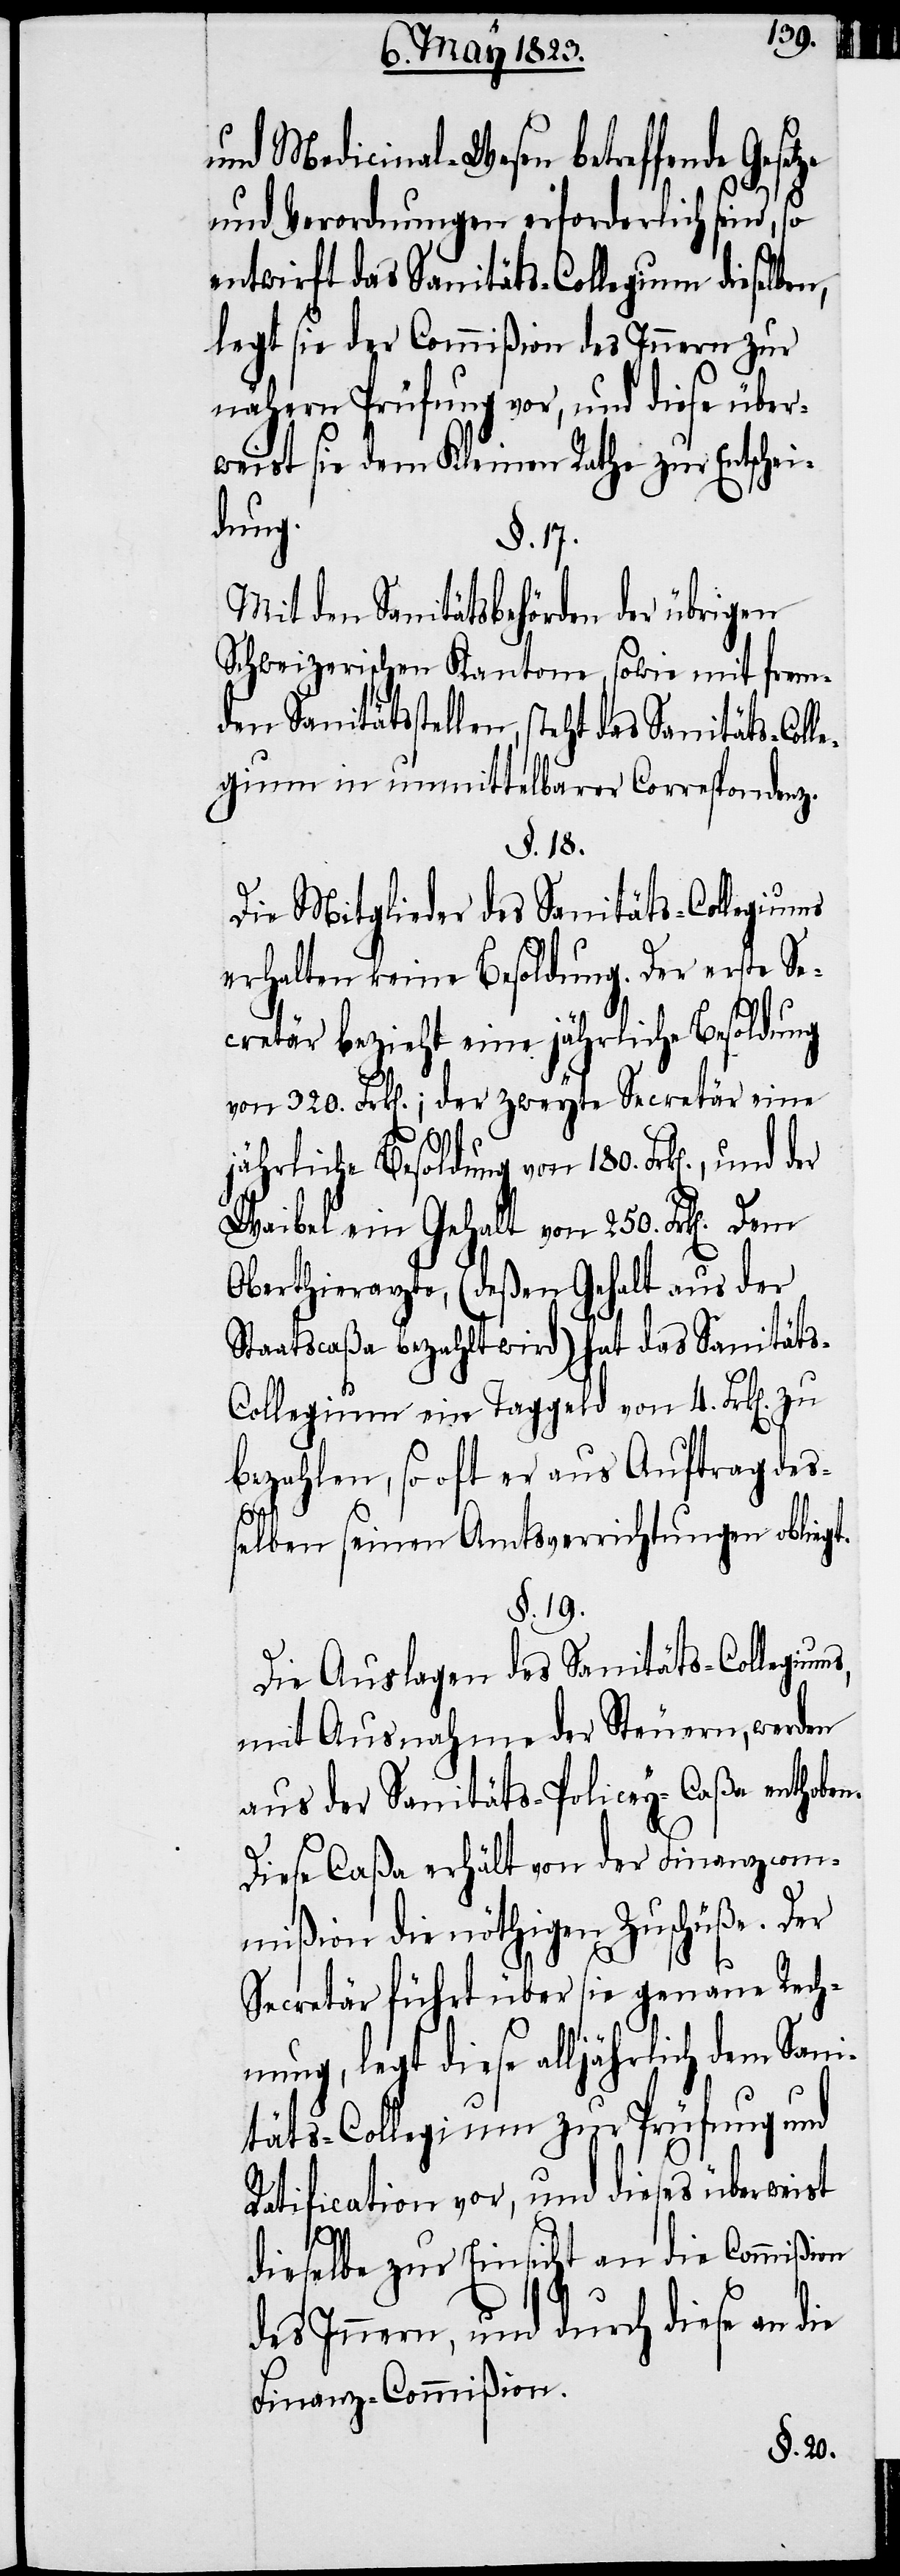
und Medicinal-Wesen betreffende
und Verordnungen erforderlich sind, so
entwirft das Sanitäts-Collegium dieselben,
legt sie der Commißion des Innern zur
nähern Prüfung vor, und diese über¬
weist sie dem Kleinen Rathe zur Entschei¬
dung.
§. 17.
Mit den Sanitätsbehörden der übrigen
Schweizerischen Kantone, sowie mit frem¬
den Sanitätsstellen, steht das Sanitäts-Coll¬
egium in unmittelbarer Correspondenz.
§. 18.
Die Mitglieder des Sanitäts-Collegiums
erhalten keine Besoldung. Der erste Se¬
cretär bezieht eine jährliche Besoldung
von 320. Frk[en].; der zweyte Secretär eine
jährliche Besoldung von 180. Frk[en]., und
Waibel ein Gehalt von 250. Frk[en]. Dem
Oberthierarzte, (deßen Gehalt aus der
Staatscaßa bezahlt wird) hat das Sanität¬
s-Collegium ein Taggeld von 4. Frk[en].
bezahlen, so oft er aus Auftrag des¬
selben seinen Amtsverrichtungen obliegt.
§. 19.
Die Auslagen des Sanitäts-Collegium¬
mit Ausnahme der Steuern, werden
aus der Sanitäts-Policey-Caßa enthoben.
Diese Caßa erhält von der Finanzcom¬
mißion die nöthigen Zuschüße. Der
Secretär führt über sie genaue Rech¬
nung, legt diese alljährlich dem Sani¬
täts-Collegium zur Prüfung und
Ratification vor, und dieses überweist
s,
dieselbe zur Einsicht an die Commißion
des Innern, und durch diese an die
Finanz-Commißion.